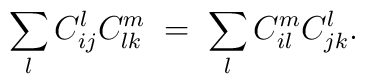
\sum_l C_{ij}^l C_{lk}^m \; = \; \sum_l C_{il}^mC_{jk}^l.